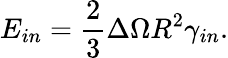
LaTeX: E_{in}=\frac{2}{3}\Delta\Omega R^{2}\gamma_{in}.